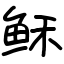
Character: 稣